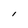
Character: l